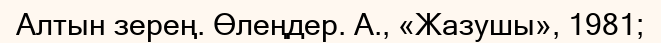
Алтын зерең. Өлеңдер. А., «Жазушы», 1981;